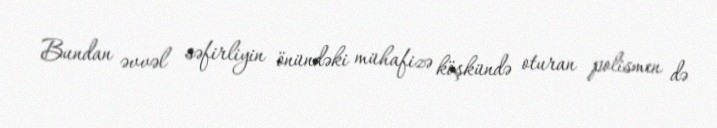
Bundan əvvəl səfirliyin önündəki mühafizə köşkündə oturan polismen də